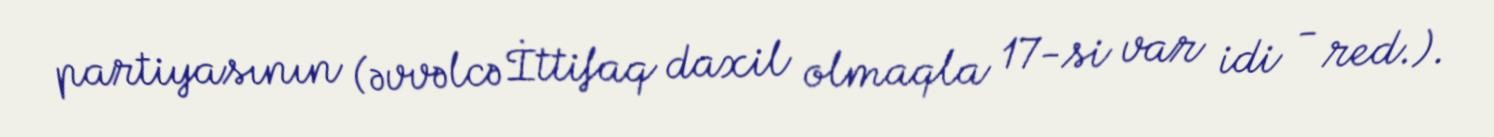
partiyasının (əvvəlcə İttifaq daxil olmaqla 17-si var idi - red.).